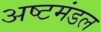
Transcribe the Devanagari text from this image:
अष्टमंडल